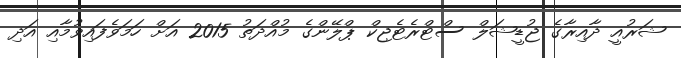
ޝަރުއީ ދާއިރާގެ ޖުޑީޝަލް ސްޓްރެޓެޖިކް ޕްލޭންގެ މުއްދަތު 2015 އަށް ހަމަވެފައިވުމާއި އަދި